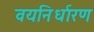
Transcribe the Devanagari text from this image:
वयनिर्धारण